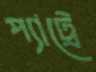
প্যাট্রে